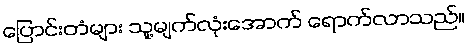
ပြောင်းတံများ သူ့မျက်လုံးအောက် ရောက်လာသည်။